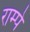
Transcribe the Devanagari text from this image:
राम्पे